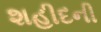
શહીદની